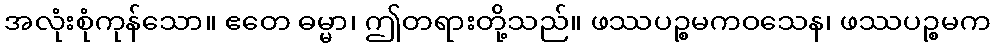
အလုံးစုံကုန်သော။ ဧတေ ဓမ္မာ၊ ဤတရားတို့သည်။ ဖဿပဉ္စမကဝသေန၊ ဖဿပဉ္စမက